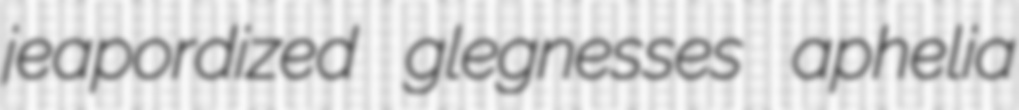
jeapordized glegnesses aphelia